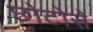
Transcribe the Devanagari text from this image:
छोटोसे